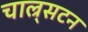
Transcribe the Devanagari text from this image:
चाल्र्सटन